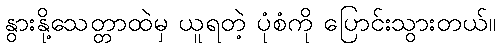
နွားနို့သေတ္တာထဲမှ ယူရတဲ့ ပုံစံကို ပြောင်းသွားတယ်။